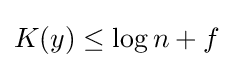
K(y)\leq \log n+f